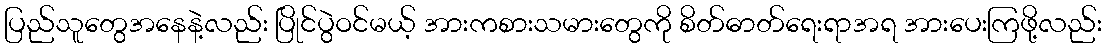
ပြည်သူတွေအနေနဲ့လည်း ပြိုင်ပွဲဝင်မယ့် အားကစားသမားတွေကို စိတ်ဓာတ်ရေးရာအရ အားပေးကြဖို့လည်း